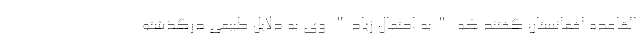
القاعده افغانستان گفتند که "به احتمال زیاد" وی به دلایل طبیعی درگذشته